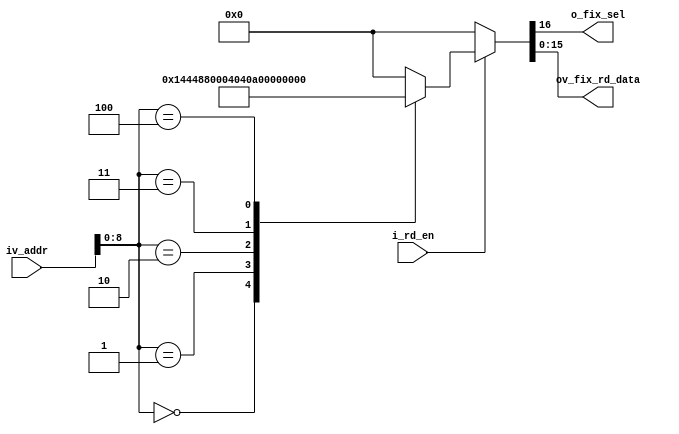
//-------------------------------------------------------------------------------------------------
//  --    : , 2010 -2015.
//  --      .
//  --          : FPGA
//  --        : fix_reg_list
//  --        : 
//-------------------------------------------------------------------------------------------------
//
//  --  :
//
//  --          :| 				:|  
//-------------------------------------------------------------------------------------------------
//  --        :| 2015/3/6 11:24:55	:|  
//-------------------------------------------------------------------------------------------------
//
//  --      : fix
//              1)  : ... ...
//
//              2)  : ... ...
//
//              3)  : ... ...
//
//-------------------------------------------------------------------------------------------------
///
`timescale 1ns/1ps
//-------------------------------------------------------------------------------------------------

module fix_reg_list # (
	parameter		SPI_ADDR_LENGTH				= 16	,	//spi 
	parameter		SHORT_REG_WD				= 16	,	//
	parameter		REG_WD						= 32	,	//
	parameter		LONG_REG_WD					= 64		//
	)
	(
	//  ===============================================================================================
	//	
	//  ===============================================================================================
	//  -------------------------------------------------------------------------------------
	//	spi
	//  -------------------------------------------------------------------------------------
	input								i_rd_en			,	//clk_sample
	input	[SPI_ADDR_LENGTH-1:0]		iv_addr			,	//clk_sample
	//  -------------------------------------------------------------------------------------
	//	
	//  -------------------------------------------------------------------------------------
	output								o_fix_sel		,	//
	output	[SHORT_REG_WD-1:0]			ov_fix_rd_data		//
	);

	//	ref signals

	//  ===============================================================================================
	//	ref 
	//  ===============================================================================================
	localparam	VENDOR_ID		= 16'h4448;
	localparam	PRODUCT_ID		= 16'h0000;
	localparam	FPGA_VERSION_H	= 16'h0102;
	localparam	FPGA_VERSION_L	= 16'h0123;
	localparam	TEST_VERSION	= 16'h1001;

	//  ===============================================================================================
	//	
	//  ===============================================================================================
	reg		[SHORT_REG_WD:0]			data_out_reg= {(SHORT_REG_WD+1){1'b0}};

	//	ref ARCHITECTURE

	//  ===============================================================================================
	//	ref ******
	//  ===============================================================================================
	//  -------------------------------------------------------------------------------------
	//	-- ref 
	//	, data_out_reg bit
	//  -------------------------------------------------------------------------------------
	always @ ( * ) begin
		//pix sel
		if(i_rd_en) begin
			case(iv_addr[8:0])
				//  -------------------------------------------------------------------------------------
				//	
				//  -------------------------------------------------------------------------------------
				9'h00	: data_out_reg	<= {1'b1,VENDOR_ID};
				9'h01	: data_out_reg	<= {1'b1,PRODUCT_ID};
				9'h02	: data_out_reg	<= {1'b1,FPGA_VERSION_H};
				9'h03	: data_out_reg	<= {1'b1,FPGA_VERSION_L};
				9'h04	: data_out_reg	<= {1'b1,TEST_VERSION};

				default	: data_out_reg	<= {(SHORT_REG_WD+1){1'b0}};

			endcase
		end
		//sel0
		else begin
			data_out_reg	<= {(SHORT_REG_WD+1){1'b0}};
		end
	end
	assign	o_fix_sel		= data_out_reg[SHORT_REG_WD];
	assign	ov_fix_rd_data	= data_out_reg[SHORT_REG_WD-1:0];


endmodule